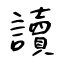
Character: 讀